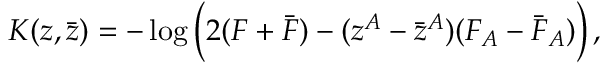
K ( z , \bar { z } ) = - \log \Big ( 2 ( { \cal F } + \bar { \cal F } ) - ( z ^ { A } - \bar { z } ^ { A } ) ( { \cal F } _ { A } - \bar { \cal F } _ { A } ) \Big ) \, ,